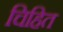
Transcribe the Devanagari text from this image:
चिहित